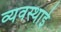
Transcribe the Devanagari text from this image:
व्यवस्थाई